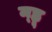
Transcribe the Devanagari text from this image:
म्ह्णू